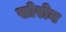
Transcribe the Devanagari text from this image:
सोरोन